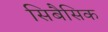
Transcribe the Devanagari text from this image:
सिबैसिक